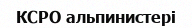
КСРО альпинистері